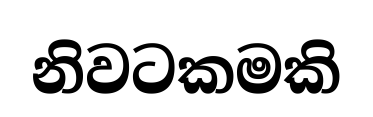
නිවටකමකි